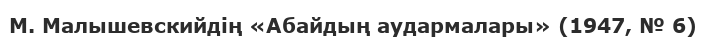
М. Малышевскийдің «Абайдың аудармалары» (1947, № 6)